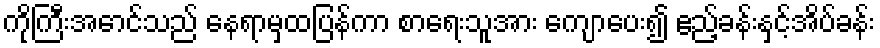
ကိုကြီးအောင်သည် နေရာမှထပြန်ကာ စာရေးသူအား ကျောပေး၍ ဧည့်ခန်းနှင့်အိပ်ခန်း